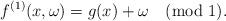
LaTeX: \begin{align*}f^{(1)}(x,\omega) =g(x)+ \omega \pmod{1}.\end{align*}